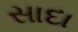
સાદા